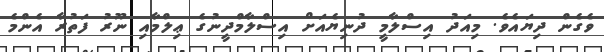
ވެގެން ދިޔައެވެ. މިއަދު އިސްލާމީ ދުނިޔެއަށް އިސްލާމްދީނުގެ ޢިލްމާއި ނޫރު ފަތުރާ އެންމެ